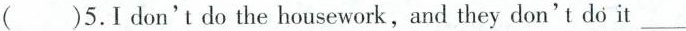
( )5.I don't do the housework,and they don't do it ___